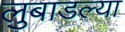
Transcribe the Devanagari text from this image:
लुबाडल्या